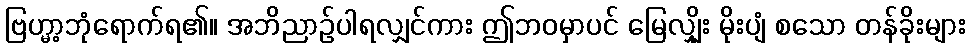
ဗြဟ္မာ့ဘုံရောက်ရ၏။ အဘိညာဉ်ပါရလျှင်ကား ဤဘဝမှာပင် မြေလျှိုး မိုးပျံ စသော တန်ခိုးများ